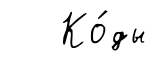
Ко́ды